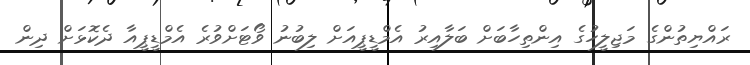
ރައްޔިތުންގެ މަޖިލީހުގެ އިންތިހާބަށް ބަލާއިރު އެމްޑީޕީއަށް ލިބުނު ވޯޓަށްވުރެ އެމްޑީޕީއާ ދެކޮޅަށް ދިން